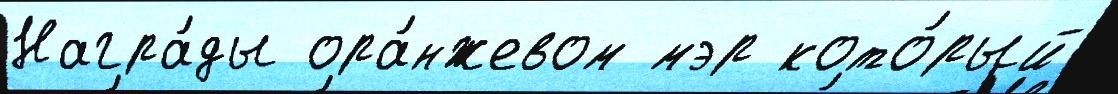
Награ́ды ора́нжевом мэр кото́рый